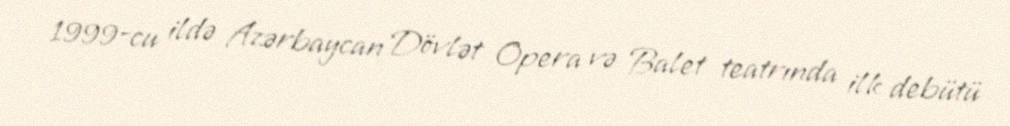
1999-cu ildə Azərbaycan Dövlət Opera və Balet teatrında ilk debütü